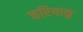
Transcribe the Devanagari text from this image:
करियाकू